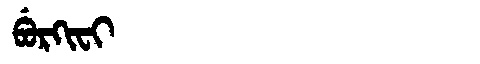
Manchu: ᠪᡠᡵᡴᡳᠸᡳ
Romanization: BURKIFI